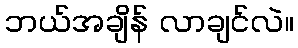
ဘယ်အချိန် လာချင်လဲ။